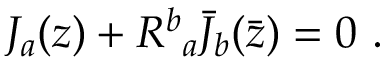
J _ { a } ( z ) + { R ^ { b } } _ { a } { \bar { J } } _ { b } ( \bar { z } ) = 0 ~ .